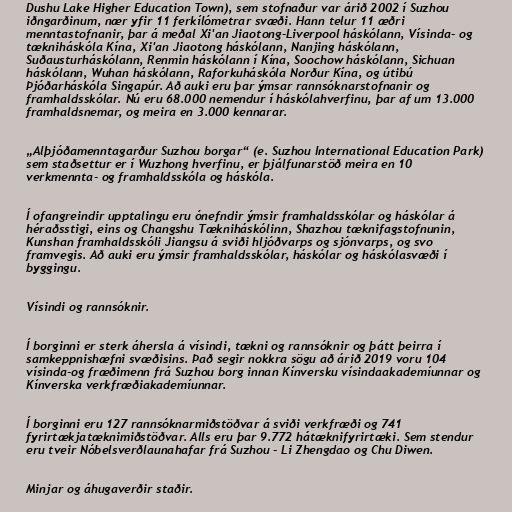
Dushu Lake Higher Education Town), sem stofnaður var árið 2002 í Suzhou
iðngarðinum, nær yfir 11 ferkílómetrar svæði. Hann telur 11 æðri
menntastofnanir, þar á meðal Xi'an Jiaotong-Liverpool háskólann, Vísinda- og
tækniháskóla Kína, Xi'an Jiaotong háskólann, Nanjing háskólann,
Suðausturháskólann, Renmin háskólann í Kína, Soochow háskólann, Sichuan
háskólann, Wuhan háskólann, Raforkuháskóla Norður Kína, og útibú
Þjóðarháskóla Singapúr. Að auki eru þar ýmsar rannsóknarstofnanir og
framhaldsskólar. Nú eru 68.000 nemendur í háskólahverfinu, þar af um 13.000
framhaldsnemar, og meira en 3.000 kennarar.

„Alþjóðamenntagarður Suzhou borgar“ (e. Suzhou International Education Park)
sem staðsettur er í Wuzhong hverfinu, er þjálfunarstöð meira en 10
verkmennta- og framhaldsskóla og háskóla.

Í ofangreindir upptalingu eru ónefndir ýmsir framhaldsskólar og háskólar á
héraðsstigi, eins og Changshu Tækniháskólinn, Shazhou tæknifagstofnunin,
Kunshan framhaldsskóli Jiangsu á sviði hljóðvarps og sjónvarps, og svo
framvegis. Að auki eru ýmsir framhaldsskólar, háskólar og háskólasvæði í
byggingu.

Vísindi og rannsóknir.

Í borginni er sterk áhersla á vísindi, tækni og rannsóknir og þátt þeirra í
samkeppnishæfni svæðisins. Það segir nokkra sögu að árið 2019 voru 104
vísinda-og fræðimenn frá Suzhou borg innan Kínversku vísindaakademíunnar og
Kínverska verkfræðiakademíunnar.

Í borginni eru 127 rannsóknarmiðstöðvar á sviði verkfræði og 741
fyrirtækjatæknimiðstöðvar. Alls eru þar 9.772 hátæknifyrirtæki. Sem stendur
eru tveir Nóbelsverðlaunahafar frá Suzhou - Li Zhengdao og Chu Diwen.

Minjar og áhugaverðir staðir.